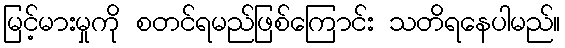
မြင့်မားမှုကို စတင်ရမည်ဖြစ်ကြောင်း သတိရနေပါမည်။